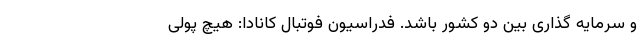
و سرمایه گذاری بین دو کشور باشد. فدراسیون فوتبال کانادا: هیچ پولی